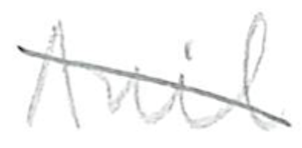
Text: Anil
Cross-out: diagonal
Writing tool: pencil